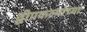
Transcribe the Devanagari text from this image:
द्वीपकल्पांच्या